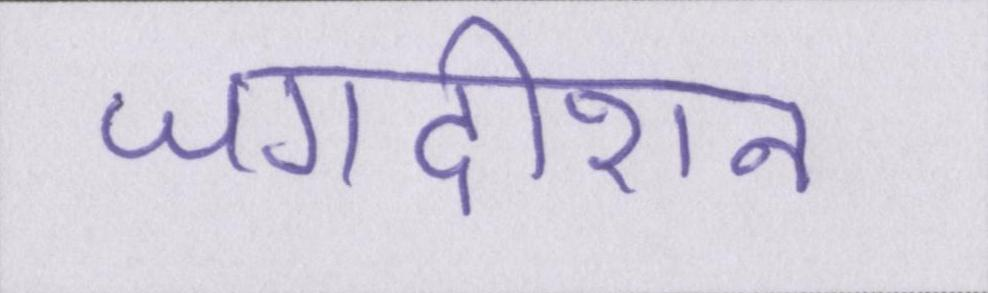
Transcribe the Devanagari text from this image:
जगदीशन